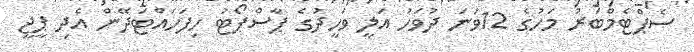
ސެޕްޓެމްބަރު މަހުގެ 12ވަނަ ދުވަހު އަލީ ވަހީދުގެ ޕާސްޕޯޓު ހިފަހައްޓަދޭން އެދި ޕީޖީ